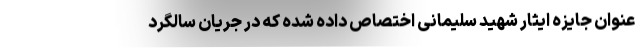
عنوان جایزه ایثار شهید سلیمانی اختصاص داده شده که در جریان سالگرد